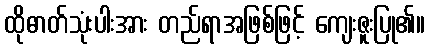
ထိုဓာတ်သုံးပါးအား တည်ရာအဖြစ်ဖြင့် ကျေးဇူးပြု၏။